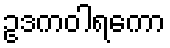
ဥဒကဝါရကော